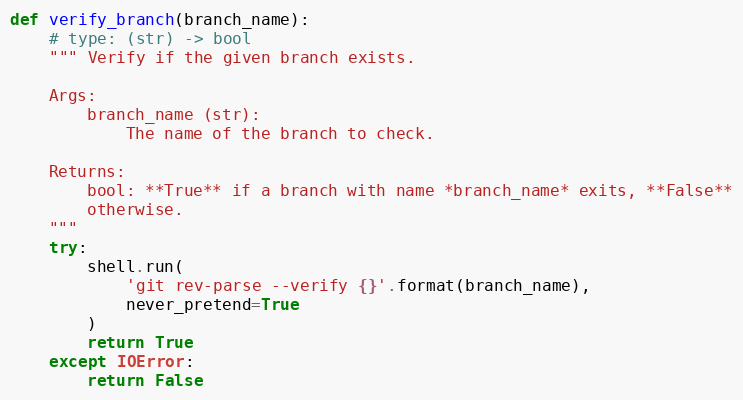
Language: Python
def verify_branch(branch_name):
    # type: (str) -> bool
    """ Verify if the given branch exists.

    Args:
        branch_name (str):
            The name of the branch to check.

    Returns:
        bool: **True** if a branch with name *branch_name* exits, **False**
        otherwise.
    """
    try:
        shell.run(
            'git rev-parse --verify {}'.format(branch_name),
            never_pretend=True
        )
        return True
    except IOError:
        return False